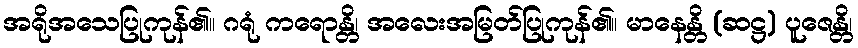
အရိုအသေပြုကုန်၏။ ဂရုံ ကရောန္တိ၊ အလေးအမြတ်ပြုကုန်၏။ မာနေန္တိ (ဆဋ္ဌ) ပူဇေန္တိ၊